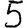
Digit: 5